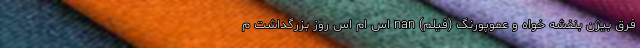
فرق بیژن بنفشه خواه و عموپورنگ (فیلم) nan اس ام اس روز بزرگداشت م